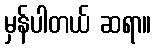
မှန်ပါတယ် ဆရာ။